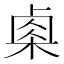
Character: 𬃄